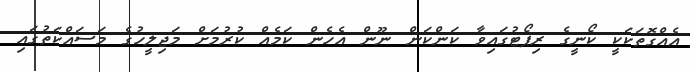
އެއްގޮތަކަކީ ކޯނީގެ ރިޕޯޓުގައިވާ ކަންކަން ނޫން އެހެން ކަމެއް ކުރުމަށް މަޖިލީހުގެ މަސައްކަތުގައި